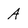
Character: A